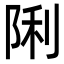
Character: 𮥉